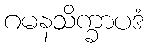
ဂမနသိက္ခာပဒံ